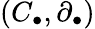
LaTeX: (C_{\bullet},\partial_{\bullet})